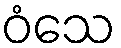
ဝံသေ